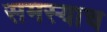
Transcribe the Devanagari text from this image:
समस्याच